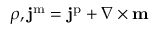
\rho , \mathbf { j } ^ { \mathrm { m } } = \mathbf { j } ^ { \mathrm { p } } + \nabla \times \mathbf { m }